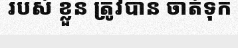
របស់ ខ្លួន ត្រូវបាន ចាត់ទុក